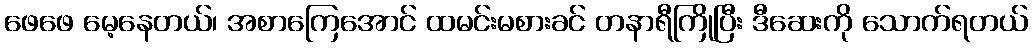
ဖေဖေ မေ့နေတယ်၊ အစာကြေအောင် ထမင်းမစားခင် တနာရီကြိုပြီး ဒီဆေးကို သောက်ရတယ်